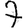
Digit: 7